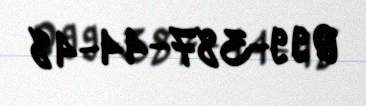
099-387-44-48